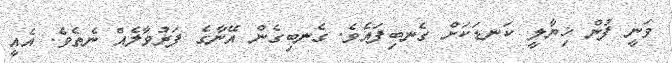
ވަނީ ފުން ޚިޔާލީ ކަނޑަކަށް ގެނބިފައެވެ. ގެނބިގެން އޭނާގެ ފަރުވާލެއް ނެތެވެ. އެއީ